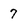
Character: 7